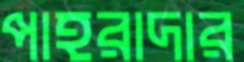
পাহরাদার